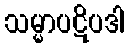
သမ္မာပဋိပဒါ